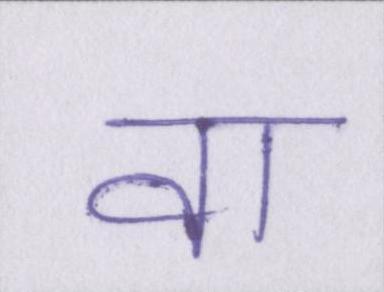
वा